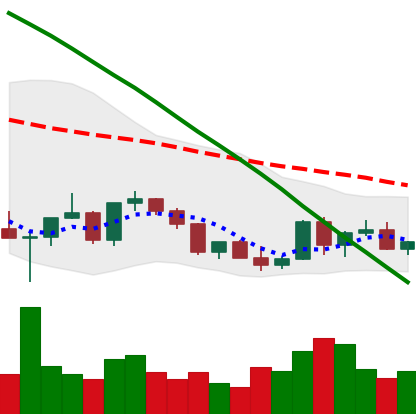
Ticker: XLM-USD
Chart end date: 2022-03-14
Forward return: 11.035%
Label: up_7plus